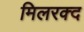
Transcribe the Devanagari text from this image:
मिलरक्द